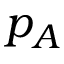
p _ { A }